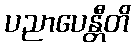
ပညာပေန္တီတိ